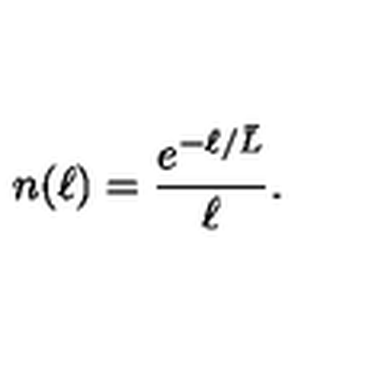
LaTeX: n ( \ell ) = { \frac { e ^ { - \ell / { \bar { L } } } } { \ell } } .